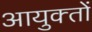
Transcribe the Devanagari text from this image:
आयुक्‍तों